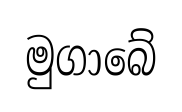
මුගාබේ